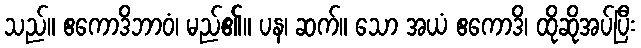
သည်။ ဧကောဒိဘာဝံ၊ မည်၏။ ပန၊ ဆက်။ သော အယံ ဧကောဒိ၊ ထိုဆိုအပ်ပြီး